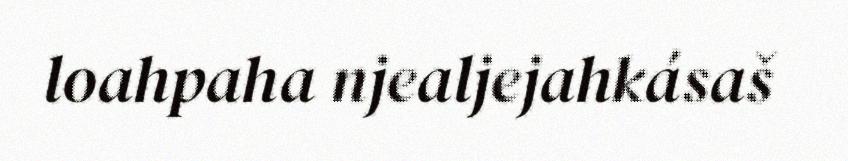
loahpaha njealjejahkásaš